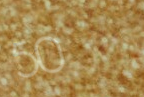
50%